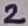
Text: 2